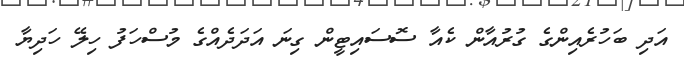
އަދި ބަހުރެއިންގެ ގުރުއާން ކެއާ ސޮސައިޓީން ގިނަ އަދަދެއްގެ މުސްހަފު ހިލޭ ހަދިޔާ